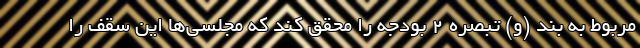
مربوط به بند (و) تبصره ۲ بودجه را محقق کند که مجلسی‌ها این سقف را